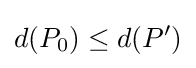
d(P_{0})\leq d(P')